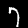
Digit: 7